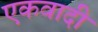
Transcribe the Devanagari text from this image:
एकवादी